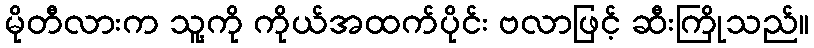
မိုတီလားက သူ့ကို ကိုယ်အထက်ပိုင်း ဗလာဖြင့် ဆီးကြိုသည်။